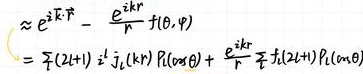
\[
\begin{align*}
&\approx e^{i\vec{k}\cdot\vec{r}}-\frac{e^{i\vec{k}r}}{r}f(\theta,\varphi)\\
&=\sum_{l}(2l + 1)i^{l}j_{l}(kr)P_{l}(\cos\theta)+\frac{e^{i\vec{k}r}}{r}\sum_{l}(2l + 1)P_{l}(\cos\theta)
\end{align*}
\]